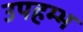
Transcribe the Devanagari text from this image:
उपहम्भ